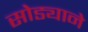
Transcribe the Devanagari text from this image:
सोड्याने